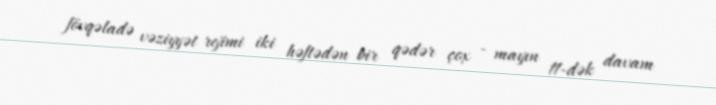
fövqəladə vəziyyət rejimi iki həftədən bir qədər çox - mayın 11-dək davam